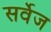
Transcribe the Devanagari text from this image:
सर्वेज